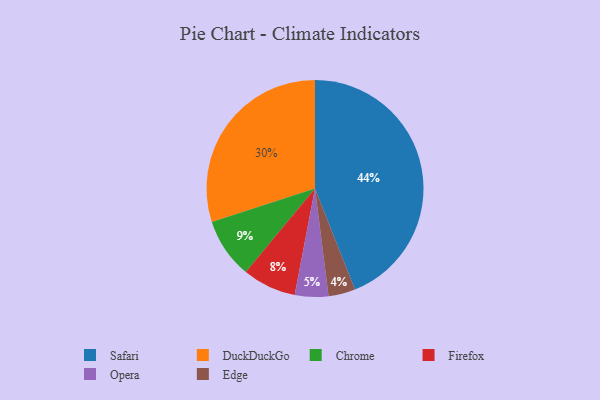
{"axis": {"x": "Category", "y": "Percentage"}, "legend": ["Chrome", "DuckDuckGo", "Edge", "Firefox", "Opera", "Safari"], "data": [{"x": "Chrome", "y": 9, "type": "Chrome"}, {"x": "Edge", "y": 4, "type": "Edge"}, {"x": "Opera", "y": 5, "type": "Opera"}, {"x": "Safari", "y": 44, "type": "Safari"}, {"x": "Firefox", "y": 8, "type": "Firefox"}, {"x": "DuckDuckGo", "y": 30, "type": "DuckDuckGo"}]}